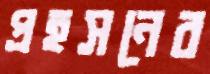
প্রহসনের